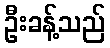
ဦးခန့်သည်